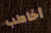
أخاطب